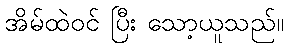
အိမ်ထဲဝင် ပြီး သော့ယူသည်။